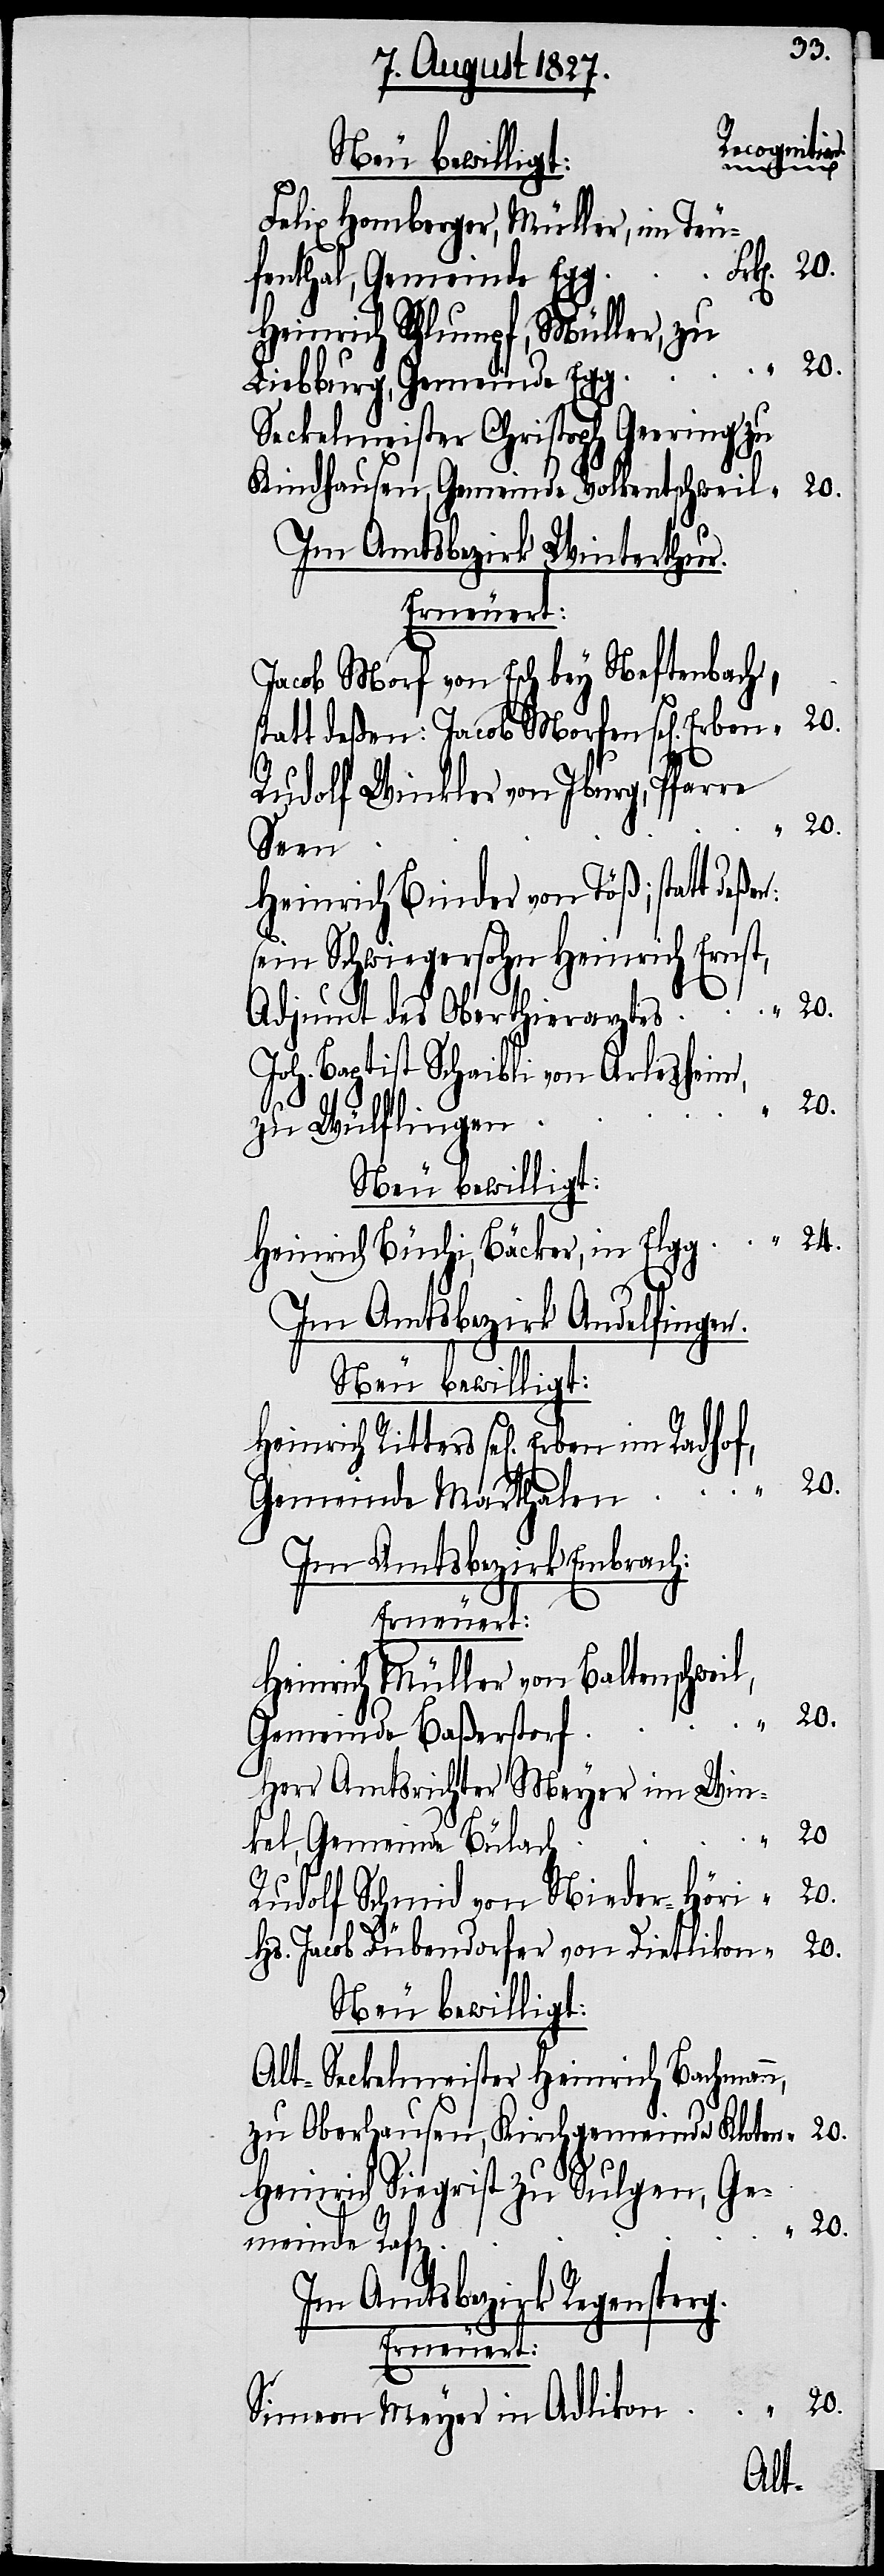
[Recognitio¬
Felix Homberger, Müller im Teu¬
fenthal, Gemeinde
Heinrich Schlumpf, Müller, zu
Liebburg, Gemeinde Egg
Seckelmeister Christoph Gering zu
Kindhausen, Gemeinde Volkentschweil
Im Amtsbezirk Winterthur.
Erneuert:
Jacob Morf von Esch bey Neftenbach,
statt deßen: Jacob Morfen sel[ige] Erben
Rudolf Winkler von Iburg, Pfarre
ßen:
Heinrich Ritters sel[ige] Erben
sein Schwiegersohn Heinrich Ernst,
Adjunct des Oberthierarztes
Joh. Baptist Scheibli von Arlesheim,
zu Wülflingen
24.
Heinrich Büchi, Bäcker, in Elgg
Im Amtsbezirk Andelfingen.
Neu bewilligt:
Gemeinde Marthalen
Im Amtsbezirk Embrach:
Heinrich Müller von Baltenschweil,
Gemeinde Baßerstorf
Herr Amtsrichter Meyer im Win¬
20.
n.]
kel, Gemeinde Bülach
Rudolf Schmid von Nieder-Höri
Hs. Jacob Dübendorfer von Dietlikon
Neu bewilligt:
Alt-Seckelmeister Heinrich Bachmann,
zu Oberhausen, Kirchgemeinde Kloten
Heinrich Siegrist zu Sulgen, Ge¬
meinde Rafz
Im Amtsbezirk Regensperg.
Erneuert:
Simon Meyer in Adlikon

“